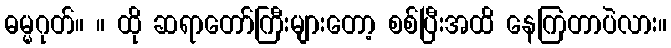
ဓမ္မဂုတ်။ ။ ထို ဆရာတော်ကြီးများတော့ စစ်ပြီးအထိ နေကြတာပဲလား။